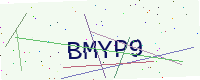
Text: BMYP9